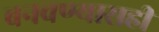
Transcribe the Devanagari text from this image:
बनवण्यासही